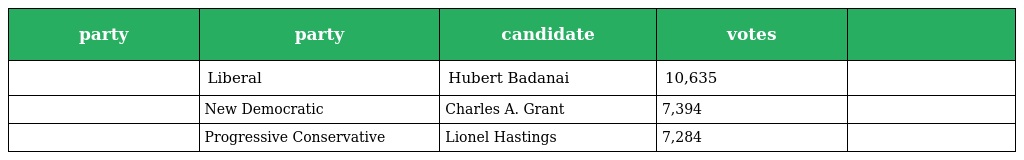
| party | party | candidate | votes |  |
 | --- | --- | --- | --- | --- |
 |  | Liberal | Hubert Badanai | 10,635 |  |
 |  | New Democratic | Charles A. Grant | 7,394 |  |
 |  | Progressive Conservative | Lionel Hastings | 7,284 |  |